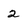
Character: 2